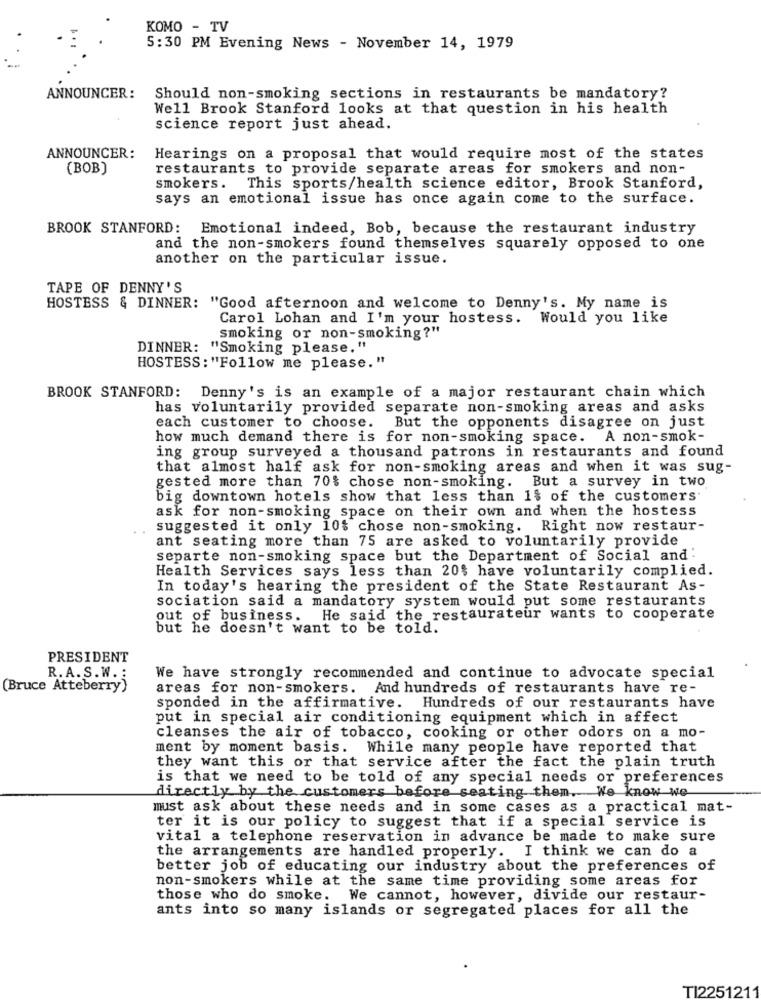
KOMO - TV
5:30 PM Evening News - November 14, 1979
ANNOUNCER :
Should non-smoking sections in restaurants be mandatory?
Well Brook Stanford looks at that question in his health
science report just ahead.
ANNOUNCER :
Hearings on a proposal that would require most of the states
(BOB)
restaurants to provide separate areas for smokers and non-
smokers. This sports/health science editor, Brook Stanford,
says an emotional issue has once again come to the surface.
BROOK STANFORD: Emotional indeed, Bob, because the restaurant industry
and the non-smokers found themselves squarely opposed to one
another on the particular issue.
TAPE OF DENNY'S
HOSTESS & DINNER: "Good afternoon and welcome to Denny's. My name is
Carol Lohan and I'm your hostess. Would you like
smoking or non-smoking?"
DINNER: "Smoking please,"
HOSTESS : "Follow me please."
BROOK STANFORD: Denny's is an example of a major restaurant chain which
has voluntarily provided separate non-smoking areas and asks
each customer to choose. But the opponents disagree on just
how much demand there is for non-smoking space. A non-smok-
ing group surveyed a thousand patrons in restaurants and found
that almost half ask for non-smoking areas and when it was sug-
gested more than 70% chose non-smoking. But a survey in two
big downtown hotels show that less than 1% of the customers
ask for non-smoking space on their own and when the hostess
suggested it only 10$ chose non-smoking. Right now restaur-
ant seating more than 75 are asked to voluntarily provide
separte non-smoking space but the Department of Social and.
Health Services says less than 20% have voluntarily complied.
In today's hearing the president of the State Restaurant As-
sociation said a mandatory system would put some restaurants
out of business. He said the restaurateur wants to cooperate
but he doesn't want to be told.
PRESIDENT
R.A.S.W. :
We have strongly recommended and continue to advocate special
(Bruce Atteberry)
areas for non-smokers. And hundreds of restaurants have re-
sponded in the affirmative. Hundreds of our restaurants have
put in special air conditioning equipment which in affect
cleanses the air of tobacco, cooking or other odors on a mo-
ment by moment basis. While many people have reported that
they want this or that service after the fact the plain truth
is that we need to be told of any special needs or preferences
directly by the customers before seating them. We know we
must ask about these needs and in some cases as a practical mat-
ter it is our policy to suggest that if a special service is
vital a telephone reservation in advance be made to make sure
the arrangements are handled properly. I think we can do a
better job of educating our industry about the preferences of
non-smokers while at the same time providing some areas for
those who do smoke. We cannot, however, divide our restaur-
ants into so many islands or segregated places for all the
TI2251211